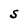
Character: S